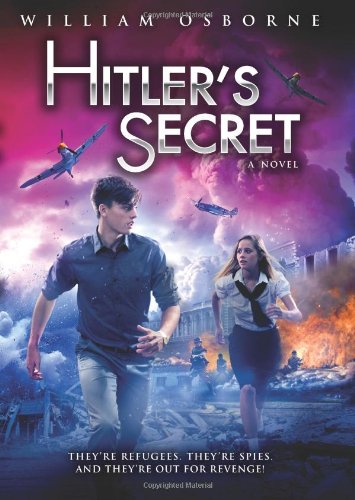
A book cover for Hitler's Secret; William Osborne; Teen & Young Adult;